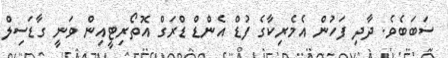
ސަބަބެވެ. ދާދި ފަހުން އެމެރިކާގެ ފުޑް އެންޑް ޑްރަގް އޮތޯރިޓީއިން ވަނީ ގާޑަސިލް